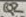
Text: Q2